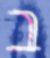
ב